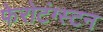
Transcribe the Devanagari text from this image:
फेरोटंग्स्टन